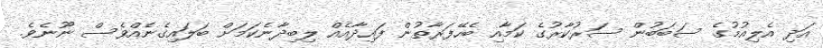
އަދި އެލިއުމުގެ ސަބަބުން ސަރުކާރުގެ ކަމާއި ބެހޭފަރާތުން ފައިދާއެއް ލިބިދާނެކަމަށް ބަލައިގެނެއްވެސް ނޫނެވެ.